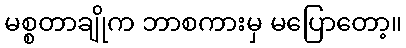
မစ္စတာချိုက ဘာစကားမှ မပြောတော့။